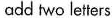
add two letters